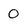
Character: 0